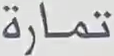
تمارة